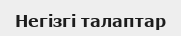
Негізгі талаптар